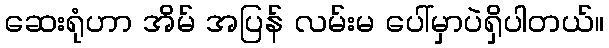
ဆေးရုံဟာ အိမ် အပြန် လမ်းမ ပေါ်မှာပဲရှိပါတယ်။